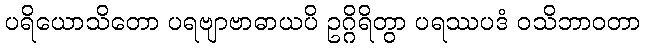
ပရိယောသိတော ပရဗျာဗာဓာယပိ ဥဂ္ဂိရိတွာ ပရဿပဒံ ဝသိဘာဝတာ